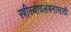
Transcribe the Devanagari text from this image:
स्त्रीस्वावलंबनासाठी